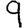
Digit: 9